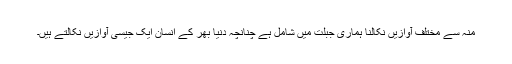
منہ سے مختلف آوازیں نکالنا ہماری جبلت میں شامل ہے چنانچہ دنیا بھر کے انسان ایک جیسی آوازیں نکالتے ہیں۔